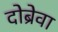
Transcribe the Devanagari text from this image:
दोब्रेवा